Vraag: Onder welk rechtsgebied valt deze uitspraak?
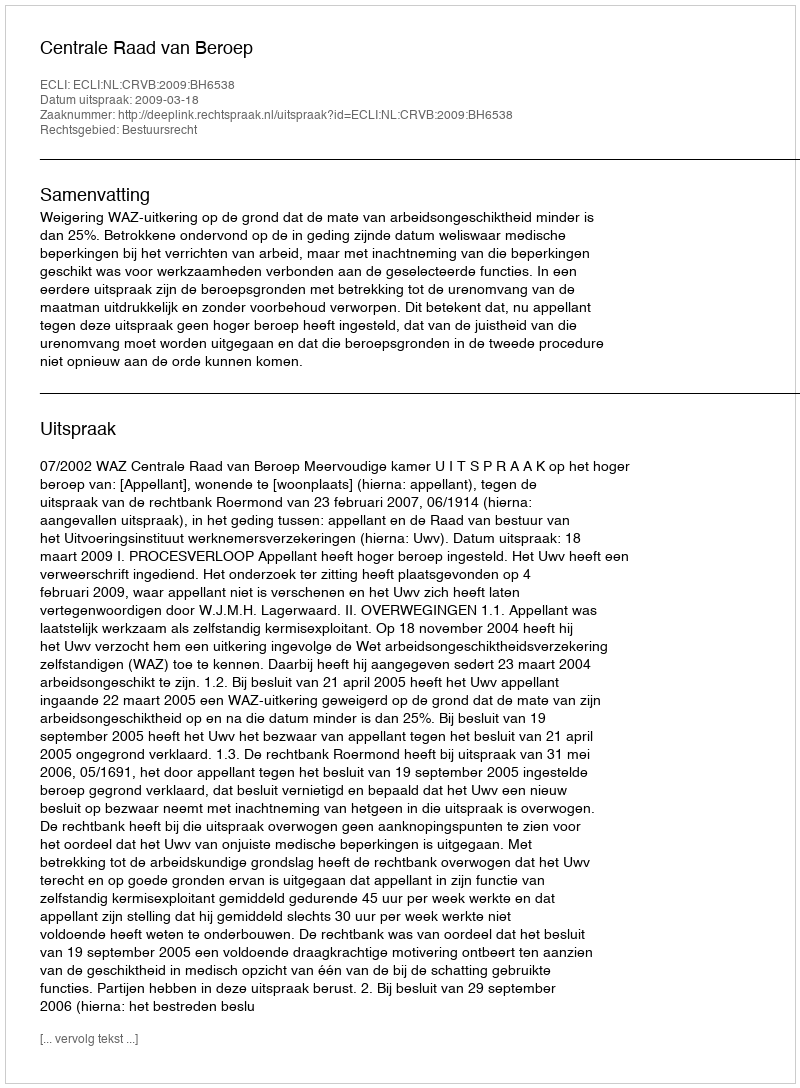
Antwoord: Bestuursrecht